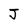
Character: J